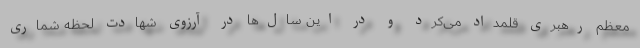
معظم رهبری قلمداد می‌کرد و در این سال‌ها در آرزوی شهادت لحظه شماری